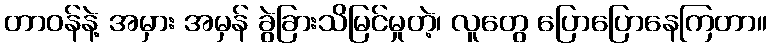
တာဝန်နဲ့ အမှား အမှန် ခွဲခြားသိမြင်မှုတဲ့၊ လူတွေ ပြောပြောနေကြတာ။